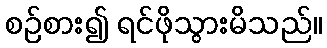
စဉ်စား၍ ရင်ဖိုသွားမိသည်။